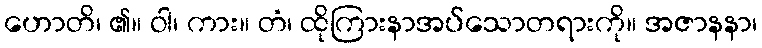
ဟောတိ၊ ၏။ ဝါ၊ ကား။ တံ၊ ထိုကြားနာအပ်သောတရားကို။ အဇာနနာ၊